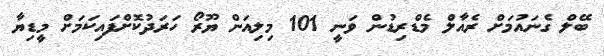
ބޭލް ގެނައުމަށް ރެއާލް މެޑްރިޑުން ވަނީ 101 މިލިއަން ޔޫރޯ ހަރަދުކޮށްފައިކަމަށް މީޑިޔާ